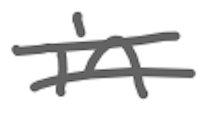
Text: in
Cross-out: double-line
Writing tool: digital_gray